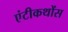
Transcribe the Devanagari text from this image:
एंटीकथोंस